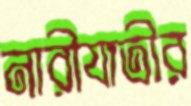
নারীযাত্রীর